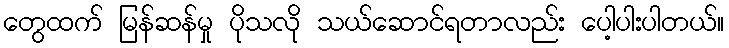
တွေထက် မြန်ဆန်မှု ပိုသလို သယ်ဆောင်ရတာလည်း ပေါ့ပါးပါတယ်။